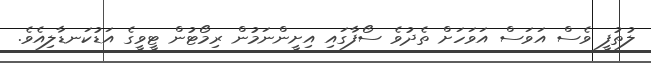
ލުތުފީ ވެސް އަވަސް އަވަހަށް ތެދުވެ ސޯފާގައި އިށީންނަމުން ރިމޯޓުން ޓީވީގެ އަޑުކަނޑާލިއެވެ.